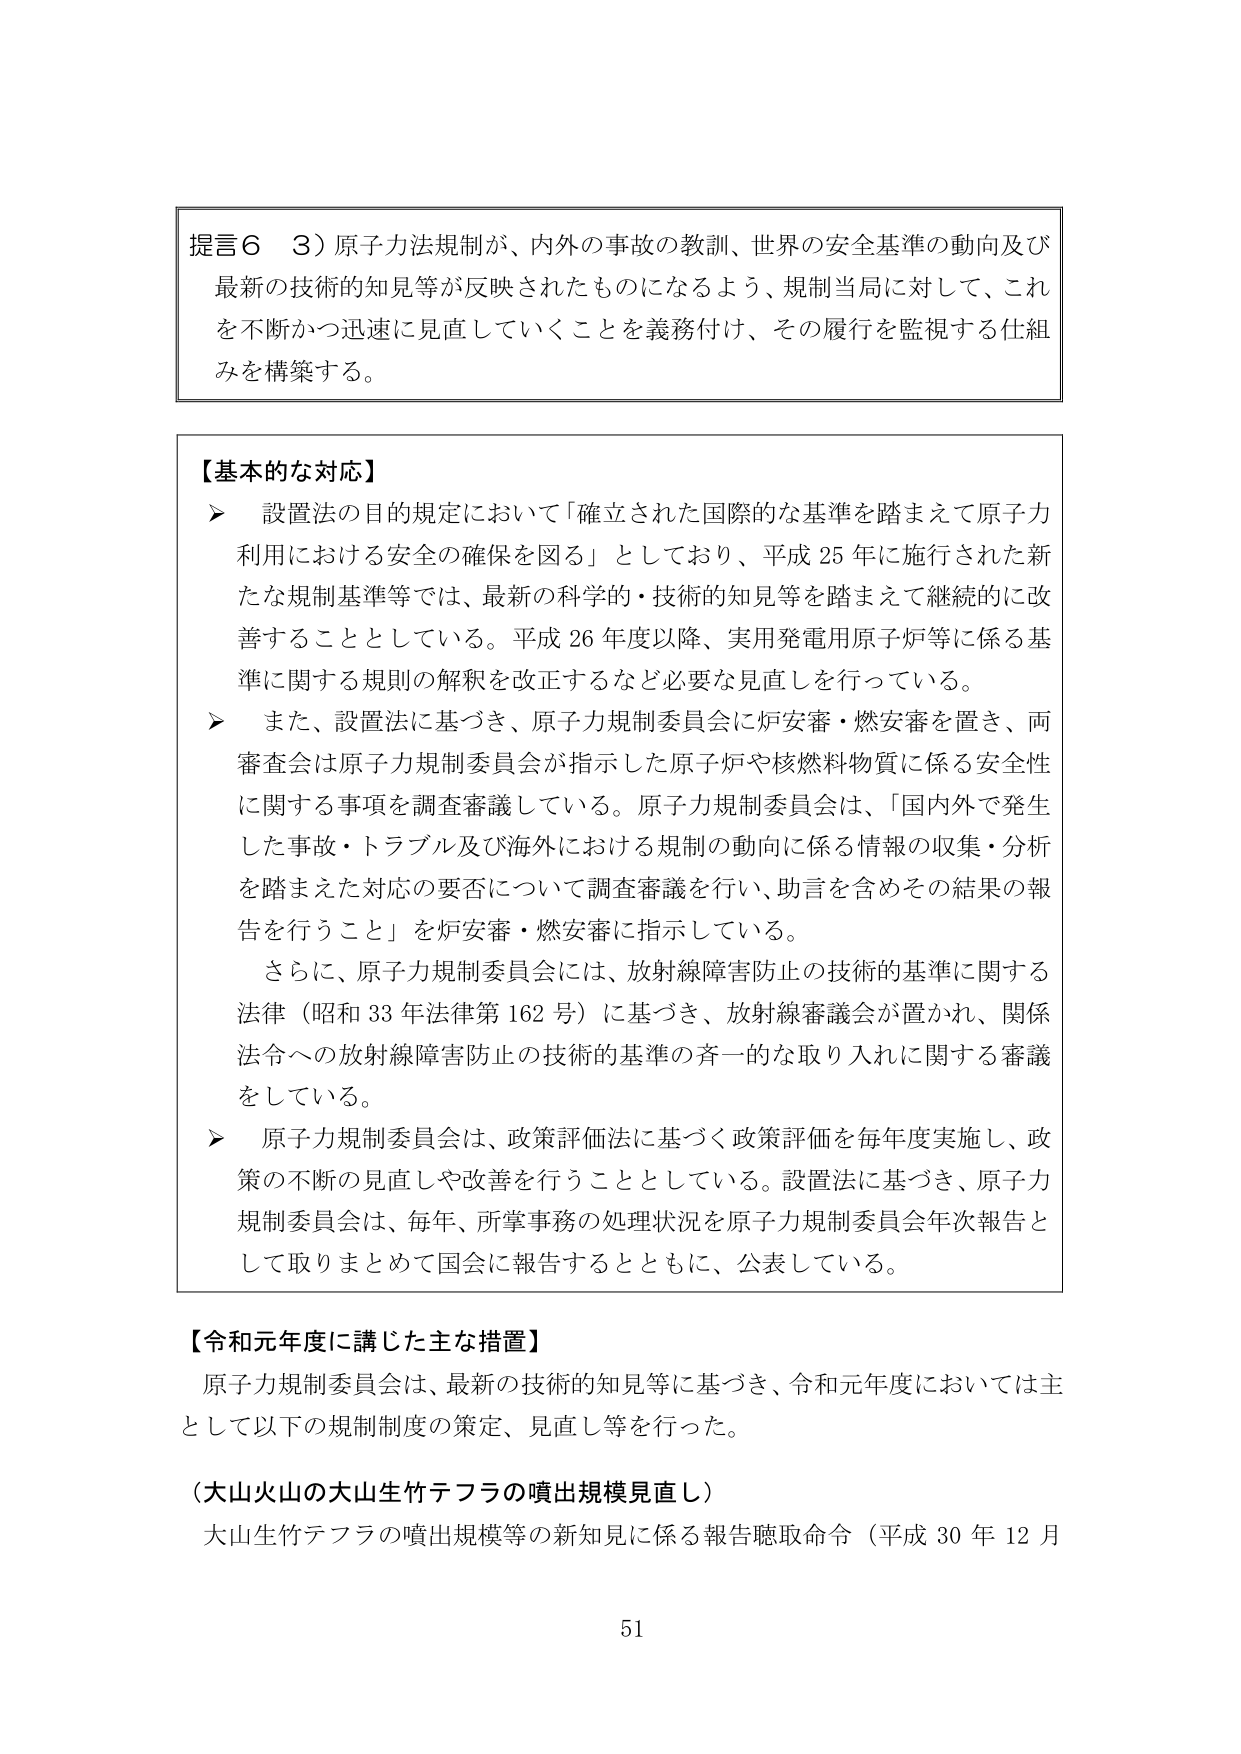
提言６　３）原子力法規制が、内外の事故の教訓、世界の安全基準の動向及び最新の技術的知見等が反映されたものになるよう、規制当局に対して、これを不断かつ迅速に見直していくことを義務付け、その履行を監視する仕組みを構築する。

【基本的な対応】
▶　設置法の目的規定において「確立された国際的な基準を踏まえて原子力利用における安全の確保を図る」としており、平成25年に施行された新たな規制基準等では、最新の科学的・技術的知見等を踏まえて継続的に改善することとしている。平成26年度以降、実用発電用原子炉等に係る基準に関する規則の解釈を改正するなど必要な見直しを行っている。
▶　また、設置法に基づき、原子力規制委員会に炉安審・燃安審を置き、両審査会は原子力規制委員会が指示した原子炉や核燃料物質に係る安全性に関する事項を調査審議している。原子力規制委員会は、「国内外で発生した事故・トラブル及び海外における規制の動向に係る情報の収集・分析を踏まえた対応の要否について調査審議を行い、助言を含めその結果の報告を行うこと」を炉安審・燃安審に指示している。
　　さらに、原子力規制委員会には、放射線障害防止の技術的基準に関する法律（昭和33年法律第162号）に基づき、放射線審議会が置かれ、関係法令への放射線障害防止の技術的基準の斉一的な取り入れに関する審議をしている。
▶　原子力規制委員会は、政策評価法に基づく政策評価を毎年度実施し、政策の不断の見直しや改善を行うこととしている。設置法に基づき、原子力規制委員会は、毎年、所掌事務の処理状況を原子力規制委員会年次報告として取りまとめて国会に報告するとともに、公表している。

【令和元年度に講じた主な措置】
　原子力規制委員会は、最新の技術的知見等に基づき、令和元年度においては主として以下の規制制度の策定、見直し等を行った。

（大山火山の大山生竹テフラの噴出規模見直し）
　大山生竹テフラの噴出規模等の新知見に係る報告聴取命令（平成30年12月

51